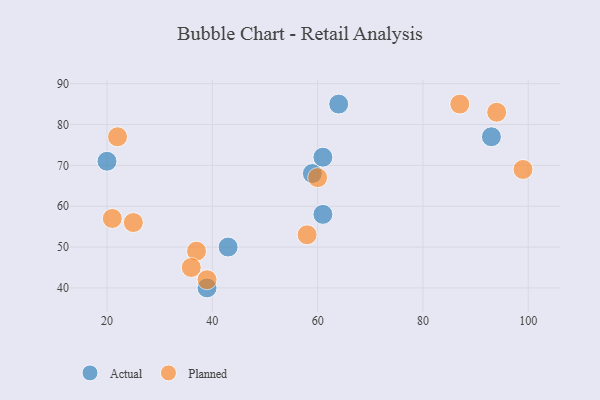
{"axis": {"x": "GDP", "y": "Life Expectancy"}, "legend": ["Actual", "Planned"], "data": [{"x": "39", "y": 40, "type": "Actual"}, {"x": "20", "y": 71, "type": "Actual"}, {"x": "59", "y": 68, "type": "Actual"}, {"x": "64", "y": 85, "type": "Actual"}, {"x": "61", "y": 72, "type": "Actual"}, {"x": "61", "y": 58, "type": "Actual"}, {"x": "93", "y": 77, "type": "Actual"}, {"x": "43", "y": 50, "type": "Actual"}, {"x": "94", "y": 83, "type": "Planned"}, {"x": "60", "y": 67, "type": "Planned"}, {"x": "99", "y": 69, "type": "Planned"}, {"x": "25", "y": 56, "type": "Planned"}, {"x": "37", "y": 49, "type": "Planned"}, {"x": "21", "y": 57, "type": "Planned"}, {"x": "36", "y": 45, "type": "Planned"}, {"x": "22", "y": 77, "type": "Planned"}, {"x": "39", "y": 42, "type": "Planned"}, {"x": "58", "y": 53, "type": "Planned"}, {"x": "87", "y": 85, "type": "Planned"}]}